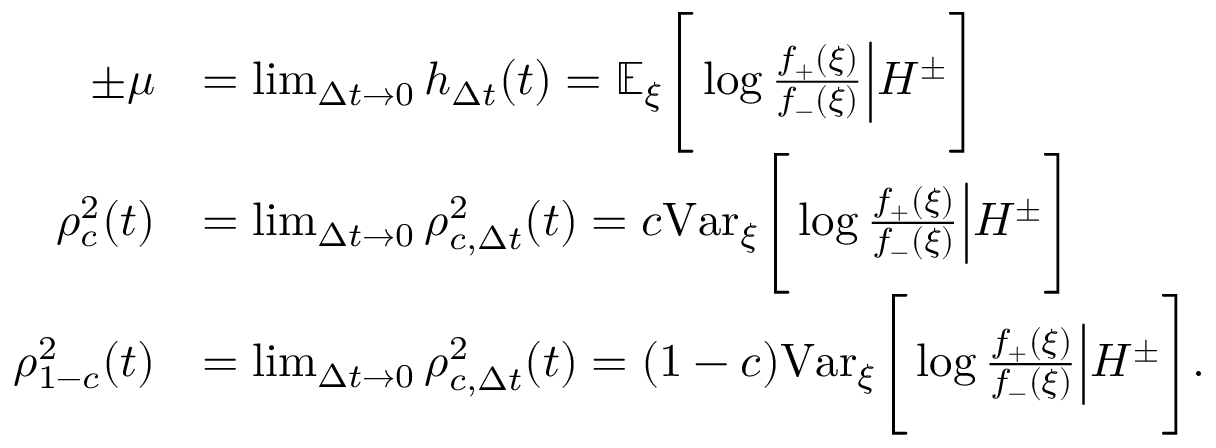
\begin{array} { r l } { \pm \mu } & { = \operatorname* { l i m } _ { \Delta t \to 0 } h _ { \Delta t } ( t ) = \mathbb { E } _ { \xi } \Bigg [ \log { \frac { f _ { + } ( \xi ) } { f _ { - } ( \xi ) } } \Big | H ^ { \pm } \Bigg ] } \\ { \rho _ { c } ^ { 2 } ( t ) } & { = \operatorname* { l i m } _ { \Delta t \to 0 } \rho _ { c , \Delta t } ^ { 2 } ( t ) = c \mathrm { V a r } _ { \xi } \Bigg [ \log { \frac { f _ { + } ( \xi ) } { f _ { - } ( \xi ) } } \Big | H ^ { \pm } \Bigg ] } \\ { \rho _ { 1 - c } ^ { 2 } ( t ) } & { = \operatorname* { l i m } _ { \Delta t \to 0 } \rho _ { c , \Delta t } ^ { 2 } ( t ) = ( 1 - c ) \mathrm { V a r } _ { \xi } \Bigg [ \log { \frac { f _ { + } ( \xi ) } { f _ { - } ( \xi ) } } \Big | H ^ { \pm } \Bigg ] . } \end{array}